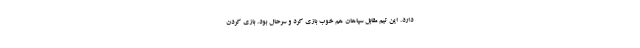
دارد. این تیم مقابل سپاهان هم خوب بازی کرد و سرحال بود. بازی کردن